Indian journal of veterinary science and animal husbandry - Volumes 24-25, 1954-1955
Year: 1954
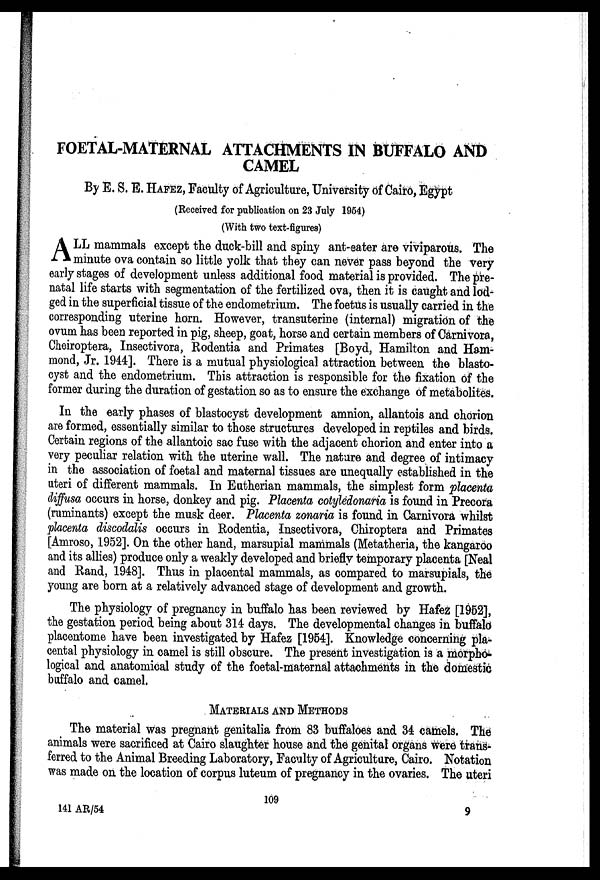
FOETAL-MATERNAL ATTACHMENTS IN BUFFALO AND
CAMEL
By E. S.E. HAFEZ, Faculty of Agriculture, University of Cairo, Egypt
(Received for publication on 23 July 1954)
(With two text-figures)
A LL mammals except the duck-bill and spiny ant-eater are viviparous. The
minute ova contain so little yolk that they can never pass beyond the very
early stages of development unless additional food material is provided. The pre-
natal life starts with segmentation of the fertilized ova, then it is caught and lod-
ged in the superficial tissue of the endometrium. The foetus is usually carried in the
corresponding uterine horn. However, transuterine (internal) migration of the
ovum has been reported in pig, sheep, goat, horse and certain members of Carnivora,
Cheiroptera, Insectivora, Rodentia and Primates [Boyd, Hamilton and Ham-
mond, Jr. 1944]. There is a mutual physiological attraction between the blasto-
cyst and the endometrium. This attraction is responsible for the fixation of the
former during the duration of gestation so as to ensure the exchange of metabolites.
In the early phases of blastocyst development amnion, allantois and chorion
are formed, essentially similar to those structures developed in reptiles and birds.
Certain regions of the allantoic sac fuse with the adjacent chorion and enter into a
very peculiar relation with the uterine wall. The nature and degree of intimacy
in the association of foetal and maternal tissues are unequally established in the
uteri of different mammals. In Eutherian mammals, the simplest form placenta
diffusa occurs in horse, donkey and pig. Placenta cotyledonaria is found in Precora
(ruminants) except the musk deer. Placenta zonaria is found in Carnivora whilst
placenta discodalis occurs in Rodentia, Insectivora, Chiroptera and Primates
[Amroso, 1952]. On the other hand, marsupial mammals (Metatheria, the kangaroo
and its allies) produce only a weakly developed and briefly temporary placenta [Neal
and Rand, 1948]. Thus in placental mammals, as compared to marsupials, the
young are born at a relatively advanced stage of development and growth.
The physiology of pregnancy in buffalo has been reviewed by Hafez [1952],
the gestation period being about 314 days. The developmental changes in buffalo
placentome have been investigated by Hafez [1954]. Knowledge concerning pla-
cental physiology in camel is still obscure. The present investigation is a morpho-
logical and anatomical study of the foetal-maternal attachments in the domestic
buffalo and camel.
MATERIALS AND METHODS
The material was pregnant genitalia from 83 buffaloes and 34 camels. The
animals were sacrificed at Cairo slaughter house and the genital organs were trans-
ferred to the Animal Breeding Laboratory, Faculty of Agriculture, Cairo. Notation
was made on the location of corpus luteum of pregnancy in the ovaries. The uteri
109
141 AR/54
9